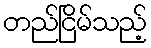
တည်ငြိမ်သည့်